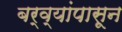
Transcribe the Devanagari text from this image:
बर्व्यांपासून